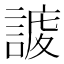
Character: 𧩅